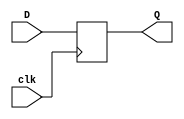
`timescale 1ns / 1ps
//////////////////////////////////////////////////////////////////////////////////
// Company: 
// Engineer: 
// 
// Design Name: 
// Module Name: d_flipflop
// Project Name: 
// Target Devices: 
// Tool Versions: 
// Description: 
// 
// Dependencies: 
// 
// Revision:
// Revision 0.01 - File Created
// Additional Comments:
// 
//////////////////////////////////////////////////////////////////////////////////


module d_flipflop(
    input clk,
    input D,
    output reg Q = 0
    );
    
    always @ (posedge clk) begin
        Q <= D;
    end
endmodule